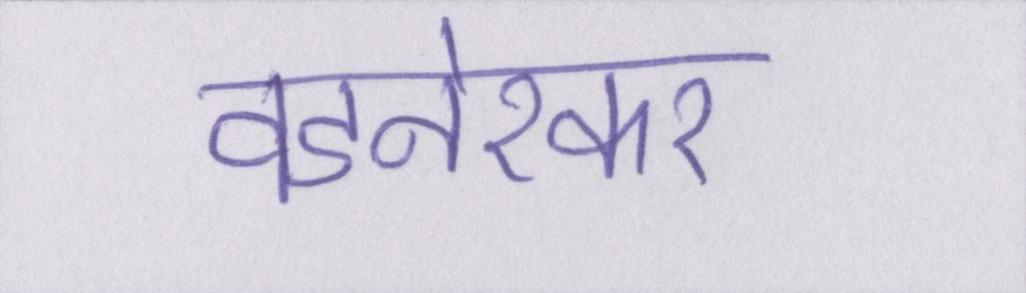
वडनेरकर